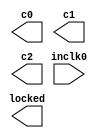
// megafunction wizard: %ALTPLL%VBB%
// GENERATION: STANDARD
// VERSION: WM1.0
// MODULE: altpll 

// ============================================================
// Megafunction Name(s):
// 			altpll
//
// Simulation Library Files(s):
// 			altera_mf
// ============================================================
// ************************************************************
// THIS IS A WIZARD-GENERATED FILE. DO NOT EDIT THIS FILE!
//
// 13.1.0 Build 162 10/23/2013 SJ Full Version
// ************************************************************

//Copyright (C) 1991-2013 Altera Corporation
//Your use of Altera Corporation's design tools, logic functions 
//and other software and tools, and its AMPP partner logic 
//functions, and any output files from any of the foregoing 
//(including device programming or simulation files), and any 
//associated documentation or information are expressly subject 
//to the terms and conditions of the Altera Program License 
//Subscription Agreement, Altera MegaCore Function License 
//Agreement, or other applicable license agreement, including, 
//without limitation, that your use is for the sole purpose of 
//programming logic devices manufactured by Altera and sold by 
//Altera or its authorized distributors.  Please refer to the 
//applicable agreement for further details.

module pll2 (
	inclk0,
	c0,
	c1,
	c2,
	locked);

	input	  inclk0;
	output	  c0;
	output	  c1;
	output	  c2;
	output	  locked;

endmodule

// ============================================================
// CNX file retrieval info
// ============================================================
// Retrieval info: PRIVATE: ACTIVECLK_CHECK STRING "0"
// Retrieval info: PRIVATE: BANDWIDTH STRING "1.000"
// Retrieval info: PRIVATE: BANDWIDTH_FEATURE_ENABLED STRING "1"
// Retrieval info: PRIVATE: BANDWIDTH_FREQ_UNIT STRING "MHz"
// Retrieval info: PRIVATE: BANDWIDTH_PRESET STRING "Low"
// Retrieval info: PRIVATE: BANDWIDTH_USE_AUTO STRING "1"
// Retrieval info: PRIVATE: BANDWIDTH_USE_PRESET STRING "0"
// Retrieval info: PRIVATE: CLKBAD_SWITCHOVER_CHECK STRING "0"
// Retrieval info: PRIVATE: CLKLOSS_CHECK STRING "0"
// Retrieval info: PRIVATE: CLKSWITCH_CHECK STRING "0"
// Retrieval info: PRIVATE: CNX_NO_COMPENSATE_RADIO STRING "0"
// Retrieval info: PRIVATE: CREATE_CLKBAD_CHECK STRING "0"
// Retrieval info: PRIVATE: CREATE_INCLK1_CHECK STRING "0"
// Retrieval info: PRIVATE: CUR_DEDICATED_CLK STRING "c0"
// Retrieval info: PRIVATE: CUR_FBIN_CLK STRING "c0"
// Retrieval info: PRIVATE: DEVICE_SPEED_GRADE STRING "Any"
// Retrieval info: PRIVATE: DIV_FACTOR0 NUMERIC "1"
// Retrieval info: PRIVATE: DIV_FACTOR1 NUMERIC "1"
// Retrieval info: PRIVATE: DIV_FACTOR2 NUMERIC "1"
// Retrieval info: PRIVATE: DUTY_CYCLE0 STRING "50.00000000"
// Retrieval info: PRIVATE: DUTY_CYCLE1 STRING "50.00000000"
// Retrieval info: PRIVATE: DUTY_CYCLE2 STRING "50.00000000"
// Retrieval info: PRIVATE: EFF_OUTPUT_FREQ_VALUE0 STRING "25.000000"
// Retrieval info: PRIVATE: EFF_OUTPUT_FREQ_VALUE1 STRING "25.000000"
// Retrieval info: PRIVATE: EFF_OUTPUT_FREQ_VALUE2 STRING "25.000000"
// Retrieval info: PRIVATE: EXPLICIT_SWITCHOVER_COUNTER STRING "0"
// Retrieval info: PRIVATE: EXT_FEEDBACK_RADIO STRING "0"
// Retrieval info: PRIVATE: GLOCKED_COUNTER_EDIT_CHANGED STRING "1"
// Retrieval info: PRIVATE: GLOCKED_FEATURE_ENABLED STRING "0"
// Retrieval info: PRIVATE: GLOCKED_MODE_CHECK STRING "0"
// Retrieval info: PRIVATE: GLOCK_COUNTER_EDIT NUMERIC "1048575"
// Retrieval info: PRIVATE: HAS_MANUAL_SWITCHOVER STRING "1"
// Retrieval info: PRIVATE: INCLK0_FREQ_EDIT STRING "50.000"
// Retrieval info: PRIVATE: INCLK0_FREQ_UNIT_COMBO STRING "MHz"
// Retrieval info: PRIVATE: INCLK1_FREQ_EDIT STRING "100.000"
// Retrieval info: PRIVATE: INCLK1_FREQ_EDIT_CHANGED STRING "1"
// Retrieval info: PRIVATE: INCLK1_FREQ_UNIT_CHANGED STRING "1"
// Retrieval info: PRIVATE: INCLK1_FREQ_UNIT_COMBO STRING "MHz"
// Retrieval info: PRIVATE: INTENDED_DEVICE_FAMILY STRING "Cyclone IV E"
// Retrieval info: PRIVATE: INT_FEEDBACK__MODE_RADIO STRING "1"
// Retrieval info: PRIVATE: LOCKED_OUTPUT_CHECK STRING "1"
// Retrieval info: PRIVATE: LONG_SCAN_RADIO STRING "1"
// Retrieval info: PRIVATE: LVDS_MODE_DATA_RATE STRING "Not Available"
// Retrieval info: PRIVATE: LVDS_MODE_DATA_RATE_DIRTY NUMERIC "0"
// Retrieval info: PRIVATE: LVDS_PHASE_SHIFT_UNIT0 STRING "deg"
// Retrieval info: PRIVATE: LVDS_PHASE_SHIFT_UNIT1 STRING "ps"
// Retrieval info: PRIVATE: LVDS_PHASE_SHIFT_UNIT2 STRING "ps"
// Retrieval info: PRIVATE: MIG_DEVICE_SPEED_GRADE STRING "Any"
// Retrieval info: PRIVATE: MIRROR_CLK0 STRING "0"
// Retrieval info: PRIVATE: MIRROR_CLK1 STRING "0"
// Retrieval info: PRIVATE: MIRROR_CLK2 STRING "0"
// Retrieval info: PRIVATE: MULT_FACTOR0 NUMERIC "1"
// Retrieval info: PRIVATE: MULT_FACTOR1 NUMERIC "1"
// Retrieval info: PRIVATE: MULT_FACTOR2 NUMERIC "1"
// Retrieval info: PRIVATE: NORMAL_MODE_RADIO STRING "1"
// Retrieval info: PRIVATE: OUTPUT_FREQ0 STRING "25.00000000"
// Retrieval info: PRIVATE: OUTPUT_FREQ1 STRING "25.00000000"
// Retrieval info: PRIVATE: OUTPUT_FREQ2 STRING "25.00000000"
// Retrieval info: PRIVATE: OUTPUT_FREQ_MODE0 STRING "1"
// Retrieval info: PRIVATE: OUTPUT_FREQ_MODE1 STRING "1"
// Retrieval info: PRIVATE: OUTPUT_FREQ_MODE2 STRING "1"
// Retrieval info: PRIVATE: OUTPUT_FREQ_UNIT0 STRING "MHz"
// Retrieval info: PRIVATE: OUTPUT_FREQ_UNIT1 STRING "MHz"
// Retrieval info: PRIVATE: OUTPUT_FREQ_UNIT2 STRING "MHz"
// Retrieval info: PRIVATE: PHASE_RECONFIG_FEATURE_ENABLED STRING "1"
// Retrieval info: PRIVATE: PHASE_RECONFIG_INPUTS_CHECK STRING "0"
// Retrieval info: PRIVATE: PHASE_SHIFT0 STRING "0.00000000"
// Retrieval info: PRIVATE: PHASE_SHIFT1 STRING "90.00000000"
// Retrieval info: PRIVATE: PHASE_SHIFT2 STRING "0.00000000"
// Retrieval info: PRIVATE: PHASE_SHIFT_STEP_ENABLED_CHECK STRING "0"
// Retrieval info: PRIVATE: PHASE_SHIFT_UNIT0 STRING "deg"
// Retrieval info: PRIVATE: PHASE_SHIFT_UNIT1 STRING "deg"
// Retrieval info: PRIVATE: PHASE_SHIFT_UNIT2 STRING "ps"
// Retrieval info: PRIVATE: PLL_ADVANCED_PARAM_CHECK STRING "0"
// Retrieval info: PRIVATE: PLL_ARESET_CHECK STRING "0"
// Retrieval info: PRIVATE: PLL_AUTOPLL_CHECK NUMERIC "1"
// Retrieval info: PRIVATE: PLL_ENHPLL_CHECK NUMERIC "0"
// Retrieval info: PRIVATE: PLL_FASTPLL_CHECK NUMERIC "0"
// Retrieval info: PRIVATE: PLL_FBMIMIC_CHECK STRING "0"
// Retrieval info: PRIVATE: PLL_LVDS_PLL_CHECK NUMERIC "0"
// Retrieval info: PRIVATE: PLL_PFDENA_CHECK STRING "0"
// Retrieval info: PRIVATE: PLL_TARGET_HARCOPY_CHECK NUMERIC "0"
// Retrieval info: PRIVATE: PRIMARY_CLK_COMBO STRING "inclk0"
// Retrieval info: PRIVATE: RECONFIG_FILE STRING "pll2.mif"
// Retrieval info: PRIVATE: SACN_INPUTS_CHECK STRING "0"
// Retrieval info: PRIVATE: SCAN_FEATURE_ENABLED STRING "1"
// Retrieval info: PRIVATE: SELF_RESET_LOCK_LOSS STRING "1"
// Retrieval info: PRIVATE: SHORT_SCAN_RADIO STRING "0"
// Retrieval info: PRIVATE: SPREAD_FEATURE_ENABLED STRING "0"
// Retrieval info: PRIVATE: SPREAD_FREQ STRING "50.000"
// Retrieval info: PRIVATE: SPREAD_FREQ_UNIT STRING "KHz"
// Retrieval info: PRIVATE: SPREAD_PERCENT STRING "0.500"
// Retrieval info: PRIVATE: SPREAD_USE STRING "0"
// Retrieval info: PRIVATE: SRC_SYNCH_COMP_RADIO STRING "0"
// Retrieval info: PRIVATE: STICKY_CLK0 STRING "1"
// Retrieval info: PRIVATE: STICKY_CLK1 STRING "1"
// Retrieval info: PRIVATE: STICKY_CLK2 STRING "1"
// Retrieval info: PRIVATE: SWITCHOVER_COUNT_EDIT NUMERIC "1"
// Retrieval info: PRIVATE: SWITCHOVER_FEATURE_ENABLED STRING "1"
// Retrieval info: PRIVATE: SYNTH_WRAPPER_GEN_POSTFIX STRING "0"
// Retrieval info: PRIVATE: USE_CLK0 STRING "1"
// Retrieval info: PRIVATE: USE_CLK1 STRING "1"
// Retrieval info: PRIVATE: USE_CLK2 STRING "1"
// Retrieval info: PRIVATE: USE_CLKENA0 STRING "0"
// Retrieval info: PRIVATE: USE_CLKENA1 STRING "0"
// Retrieval info: PRIVATE: USE_CLKENA2 STRING "0"
// Retrieval info: PRIVATE: USE_MIL_SPEED_GRADE NUMERIC "0"
// Retrieval info: PRIVATE: ZERO_DELAY_RADIO STRING "0"
// Retrieval info: LIBRARY: altera_mf altera_mf.altera_mf_components.all
// Retrieval info: CONSTANT: BANDWIDTH_TYPE STRING "AUTO"
// Retrieval info: CONSTANT: CLK0_DIVIDE_BY NUMERIC "2"
// Retrieval info: CONSTANT: CLK0_DUTY_CYCLE NUMERIC "50"
// Retrieval info: CONSTANT: CLK0_MULTIPLY_BY NUMERIC "1"
// Retrieval info: CONSTANT: CLK0_PHASE_SHIFT STRING "0"
// Retrieval info: CONSTANT: CLK1_DIVIDE_BY NUMERIC "2"
// Retrieval info: CONSTANT: CLK1_DUTY_CYCLE NUMERIC "50"
// Retrieval info: CONSTANT: CLK1_MULTIPLY_BY NUMERIC "1"
// Retrieval info: CONSTANT: CLK1_PHASE_SHIFT STRING "10000"
// Retrieval info: CONSTANT: CLK2_DIVIDE_BY NUMERIC "2"
// Retrieval info: CONSTANT: CLK2_DUTY_CYCLE NUMERIC "50"
// Retrieval info: CONSTANT: CLK2_MULTIPLY_BY NUMERIC "1"
// Retrieval info: CONSTANT: CLK2_PHASE_SHIFT STRING "0"
// Retrieval info: CONSTANT: COMPENSATE_CLOCK STRING "CLK0"
// Retrieval info: CONSTANT: INCLK0_INPUT_FREQUENCY NUMERIC "20000"
// Retrieval info: CONSTANT: INTENDED_DEVICE_FAMILY STRING "Cyclone IV E"
// Retrieval info: CONSTANT: LPM_TYPE STRING "altpll"
// Retrieval info: CONSTANT: OPERATION_MODE STRING "NORMAL"
// Retrieval info: CONSTANT: PLL_TYPE STRING "AUTO"
// Retrieval info: CONSTANT: PORT_ACTIVECLOCK STRING "PORT_UNUSED"
// Retrieval info: CONSTANT: PORT_ARESET STRING "PORT_UNUSED"
// Retrieval info: CONSTANT: PORT_CLKBAD0 STRING "PORT_UNUSED"
// Retrieval info: CONSTANT: PORT_CLKBAD1 STRING "PORT_UNUSED"
// Retrieval info: CONSTANT: PORT_CLKLOSS STRING "PORT_UNUSED"
// Retrieval info: CONSTANT: PORT_CLKSWITCH STRING "PORT_UNUSED"
// Retrieval info: CONSTANT: PORT_CONFIGUPDATE STRING "PORT_UNUSED"
// Retrieval info: CONSTANT: PORT_FBIN STRING "PORT_UNUSED"
// Retrieval info: CONSTANT: PORT_INCLK0 STRING "PORT_USED"
// Retrieval info: CONSTANT: PORT_INCLK1 STRING "PORT_UNUSED"
// Retrieval info: CONSTANT: PORT_LOCKED STRING "PORT_USED"
// Retrieval info: CONSTANT: PORT_PFDENA STRING "PORT_UNUSED"
// Retrieval info: CONSTANT: PORT_PHASECOUNTERSELECT STRING "PORT_UNUSED"
// Retrieval info: CONSTANT: PORT_PHASEDONE STRING "PORT_UNUSED"
// Retrieval info: CONSTANT: PORT_PHASESTEP STRING "PORT_UNUSED"
// Retrieval info: CONSTANT: PORT_PHASEUPDOWN STRING "PORT_UNUSED"
// Retrieval info: CONSTANT: PORT_PLLENA STRING "PORT_UNUSED"
// Retrieval info: CONSTANT: PORT_SCANACLR STRING "PORT_UNUSED"
// Retrieval info: CONSTANT: PORT_SCANCLK STRING "PORT_UNUSED"
// Retrieval info: CONSTANT: PORT_SCANCLKENA STRING "PORT_UNUSED"
// Retrieval info: CONSTANT: PORT_SCANDATA STRING "PORT_UNUSED"
// Retrieval info: CONSTANT: PORT_SCANDATAOUT STRING "PORT_UNUSED"
// Retrieval info: CONSTANT: PORT_SCANDONE STRING "PORT_UNUSED"
// Retrieval info: CONSTANT: PORT_SCANREAD STRING "PORT_UNUSED"
// Retrieval info: CONSTANT: PORT_SCANWRITE STRING "PORT_UNUSED"
// Retrieval info: CONSTANT: PORT_clk0 STRING "PORT_USED"
// Retrieval info: CONSTANT: PORT_clk1 STRING "PORT_USED"
// Retrieval info: CONSTANT: PORT_clk2 STRING "PORT_USED"
// Retrieval info: CONSTANT: PORT_clk3 STRING "PORT_UNUSED"
// Retrieval info: CONSTANT: PORT_clk4 STRING "PORT_UNUSED"
// Retrieval info: CONSTANT: PORT_clk5 STRING "PORT_UNUSED"
// Retrieval info: CONSTANT: PORT_clkena0 STRING "PORT_UNUSED"
// Retrieval info: CONSTANT: PORT_clkena1 STRING "PORT_UNUSED"
// Retrieval info: CONSTANT: PORT_clkena2 STRING "PORT_UNUSED"
// Retrieval info: CONSTANT: PORT_clkena3 STRING "PORT_UNUSED"
// Retrieval info: CONSTANT: PORT_clkena4 STRING "PORT_UNUSED"
// Retrieval info: CONSTANT: PORT_clkena5 STRING "PORT_UNUSED"
// Retrieval info: CONSTANT: PORT_extclk0 STRING "PORT_UNUSED"
// Retrieval info: CONSTANT: PORT_extclk1 STRING "PORT_UNUSED"
// Retrieval info: CONSTANT: PORT_extclk2 STRING "PORT_UNUSED"
// Retrieval info: CONSTANT: PORT_extclk3 STRING "PORT_UNUSED"
// Retrieval info: CONSTANT: SELF_RESET_ON_LOSS_LOCK STRING "ON"
// Retrieval info: CONSTANT: WIDTH_CLOCK NUMERIC "5"
// Retrieval info: USED_PORT: @clk 0 0 5 0 OUTPUT_CLK_EXT VCC "@clk[4..0]"
// Retrieval info: USED_PORT: c0 0 0 0 0 OUTPUT_CLK_EXT VCC "c0"
// Retrieval info: USED_PORT: c1 0 0 0 0 OUTPUT_CLK_EXT VCC "c1"
// Retrieval info: USED_PORT: c2 0 0 0 0 OUTPUT_CLK_EXT VCC "c2"
// Retrieval info: USED_PORT: inclk0 0 0 0 0 INPUT_CLK_EXT GND "inclk0"
// Retrieval info: USED_PORT: locked 0 0 0 0 OUTPUT GND "locked"
// Retrieval info: CONNECT: @inclk 0 0 1 1 GND 0 0 0 0
// Retrieval info: CONNECT: @inclk 0 0 1 0 inclk0 0 0 0 0
// Retrieval info: CONNECT: c0 0 0 0 0 @clk 0 0 1 0
// Retrieval info: CONNECT: c1 0 0 0 0 @clk 0 0 1 1
// Retrieval info: CONNECT: c2 0 0 0 0 @clk 0 0 1 2
// Retrieval info: CONNECT: locked 0 0 0 0 @locked 0 0 0 0
// Retrieval info: GEN_FILE: TYPE_NORMAL pll2.v TRUE
// Retrieval info: GEN_FILE: TYPE_NORMAL pll2.ppf TRUE
// Retrieval info: GEN_FILE: TYPE_NORMAL pll2.inc FALSE
// Retrieval info: GEN_FILE: TYPE_NORMAL pll2.cmp FALSE
// Retrieval info: GEN_FILE: TYPE_NORMAL pll2.bsf FALSE
// Retrieval info: GEN_FILE: TYPE_NORMAL pll2_inst.v TRUE
// Retrieval info: GEN_FILE: TYPE_NORMAL pll2_bb.v TRUE
// Retrieval info: LIB_FILE: altera_mf
// Retrieval info: CBX_MODULE_PREFIX: ON